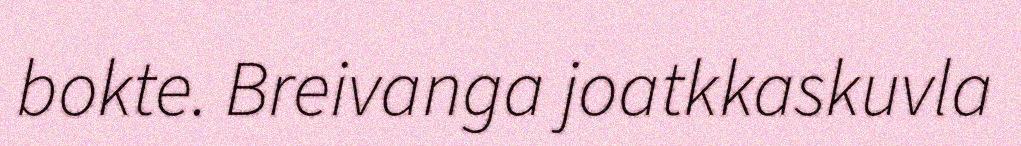
bokte. Breivanga joatkkaskuvla